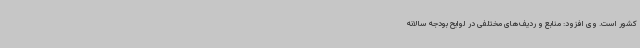
کشور است. وی افزود: منابع و ردیف‌های مختلفی در لوایح بودجه سالانه